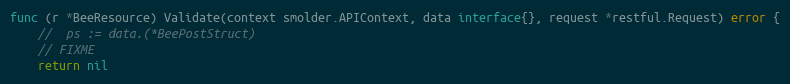
Language: Go
func (r *BeeResource) Validate(context smolder.APIContext, data interface{}, request *restful.Request) error {
	//	ps := data.(*BeePostStruct)
	// FIXME
	return nil